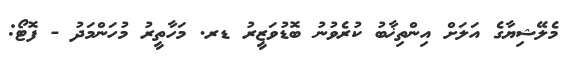
މެލޭޝިޔާގެ އަލަށް އިންތިޚާބު ކުރެވުނު ބޮޑުވަޒީރު ޑރ. މަހާތީރު މުހަންމަދު - ފޮޓޯ: